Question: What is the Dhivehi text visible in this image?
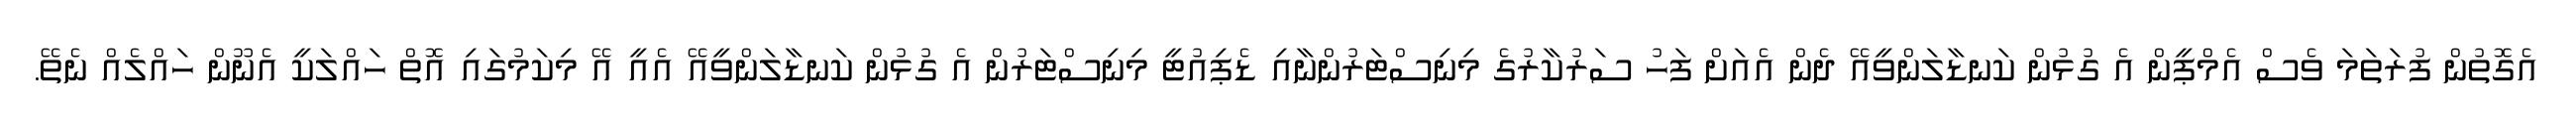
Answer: އެގޮތުން ފުރަތަމަ ވެސް އެމްޕީން އެ ގުޅުން ކަނޑާލަންވީއޭ ދެން އެއަށް ފަހު ސަރުކާރުގެ މިނިސްޓަރުންނާއި ޑެޕިއުޓީ މިނިސްޓަރުން އެ ގުޅުން ކަނޑާލަންވީއޭ އެއީ އޭ މިކަމުގައި އޮތް ހައްލަކީ އެނޫން ހައްލެއް ނެތޭ.